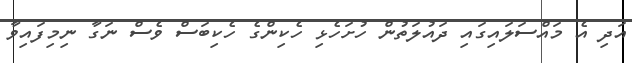
އަދި އެ މައްސަލައިގައި ދައުލަތުން ހުށަހެޅި ހެކިންގެ ހެކިބަސް ވެސް ނަގާ ނިމިފައިވާ